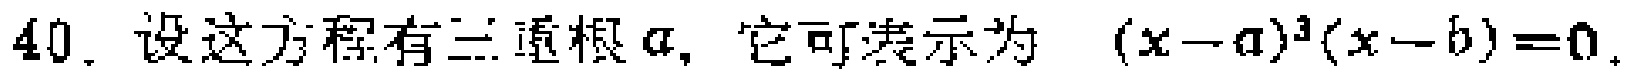
40. 设这方程有三重根\(a\)，它可表示为 \((x - a)^{3}(x - b)=0\)。